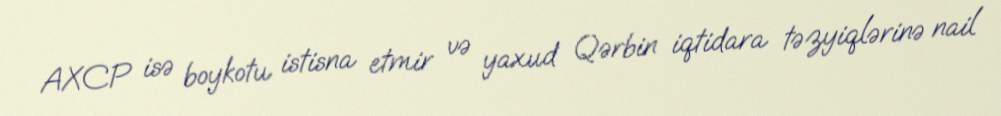
AXCP isə boykotu istisna etmir və yaxud Qərbin iqtidara təzyiqlərinə nail